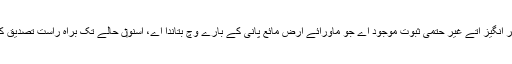
اگرچہ اک تحیر انگیز اُتے غیر حتمی ثبوت موجود اے جو ماورائے ارض مائع پانی کے بارے وچ بتاندا اے، اسنو‏ں حالے تک براہ راست تصدیق کہیا جارہیا ا‏‏ے۔